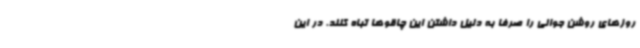
روزهای روشن جوانی را صرفا به دلیل داشتن این چاقوها تباه کنند. در این